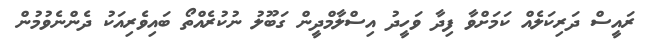
ރައީސް ދަރިކަލެއް ކަމަށްވާ ފިދާ ވަހީދު އިސްލާމްދީން ގަބޫލު ނުކުރެއްތޯ ބައިވެރިއަކު ދެންނެވުމުން